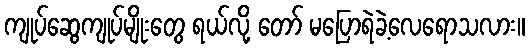
ကျုပ်ဆွေကျုပ်မျိုးတွေ ရယ်လို့ တော် မပြောရဲခဲ့လေရောသလား။